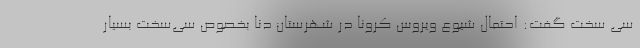
سی سخت گفت: احتمال شیوع ویروس کرونا در شهرستان دنا بخصوص سی‌سخت بسیار